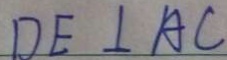
D E \bot A C